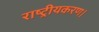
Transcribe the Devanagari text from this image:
राष्ट्रीयकरण।